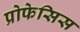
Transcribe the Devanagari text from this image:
प्रोफेसिस